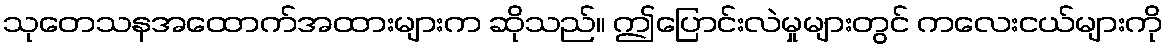
သုတေသနအထောက်အထားများက ဆိုသည်။ ဤပြောင်းလဲမှုများတွင် ကလေးငယ်များကို